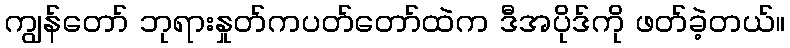
ကျွန်တော် ဘုရားနှုတ်ကပတ်တော်ထဲက ဒီအပိုဒ်ကို ဖတ်ခဲ့တယ်။